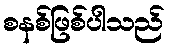
စနစ်ဖြစ်ပါသည်